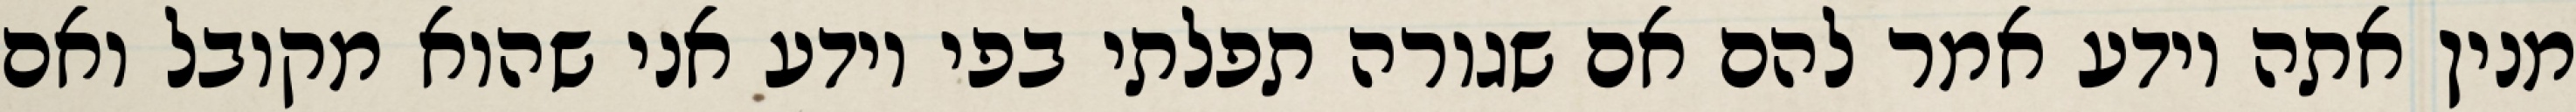
מנין אתה יודע אמר להם אם שגורה תפלתי בפי יודע אני שהוא מקובל ואם